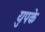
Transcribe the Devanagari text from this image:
युपके